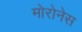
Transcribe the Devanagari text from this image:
मोरोनेस